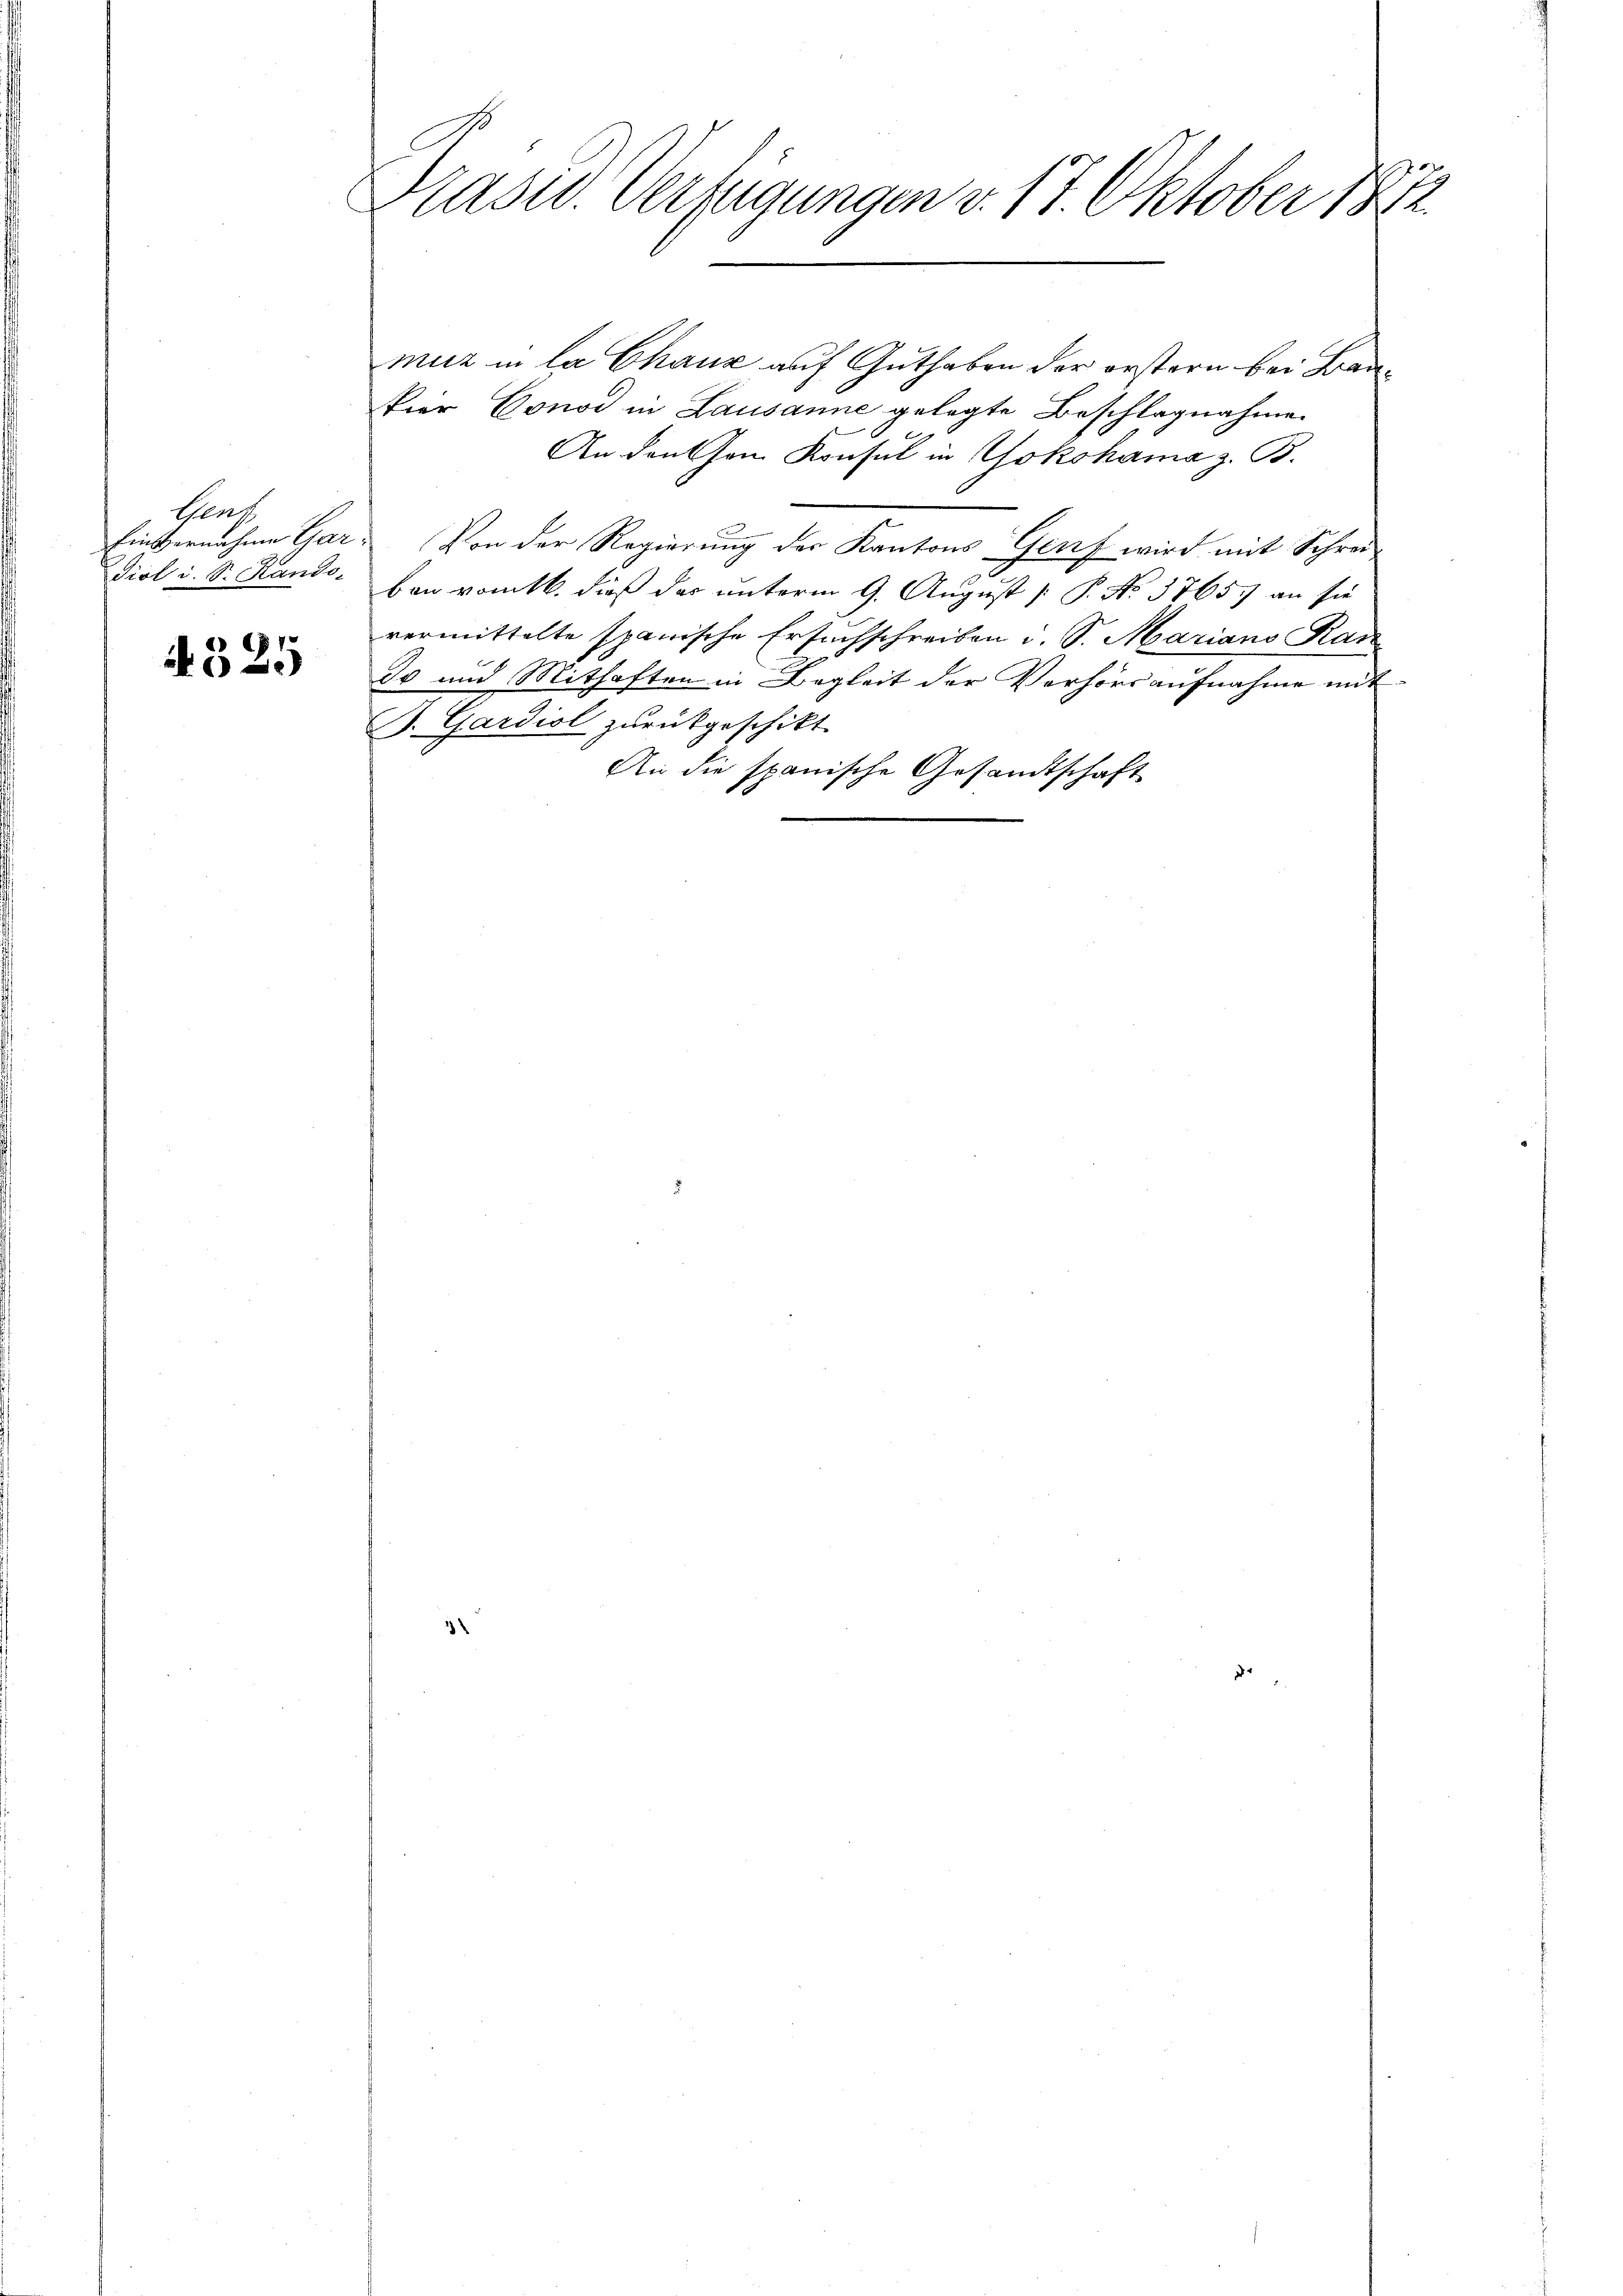
Hent
Einvernahme Gar
diol i. S. Rando-

4325

Präsid. Verfügungen v. 17. Oktober 1882

muz in la Chaux auf Guthaben der erstern bei Frankier Conod in Lausanne gelegte Beschlagnahme
An denken Konsul in Yokohama z. B.
Von der Regierŭng der Kantons Genf wird mit Schrei
ben vom 16. dieß das unterm 9. August [ P. No. 3765. an sie
vermittelte spanische Ersuchschreiben i. S. Marians Kanz
do und Mithaften in Begleit der Verhörs aufnahme mit
B. Gardiol zurückgeschikt.
An die spanische Gesandtschaft